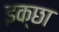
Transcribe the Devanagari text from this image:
इक्छा